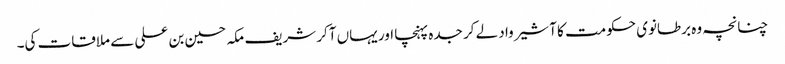
چنانچہ وہ برطانوی حکومت کا آشیرواد لے کر جدہ پہنچا اور یہاں آکر شریف مکہ حسین بن علی سے ملاقات کی۔